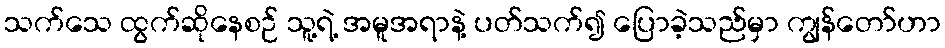
သက်သေ ထွက်ဆိုနေစဉ် သူ့ရဲ့ အမူအရာနဲ့ ပတ်သက်၍ ပြောခဲ့သည်မှာ ကျွန်တော်ဟာ